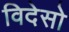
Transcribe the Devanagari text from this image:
विदेसो